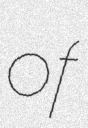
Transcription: of